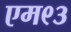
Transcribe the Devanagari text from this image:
एम९३